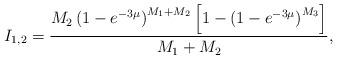
LaTeX: \begin{align*}I_{1,2} & =\frac{M_{2}\left(1-e^{-3\mu}\right)^{M_{1}+M_{2}}\left[1-\left(1-e^{-3\mu}\right)^{M_{3}}\right]}{M_{1}+M_{2}},\end{align*}